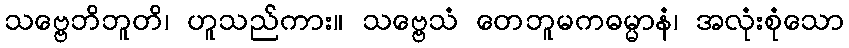
သဗ္ဗေဘိဘူတိ၊ ဟူသည်ကား။ သဗ္ဗေသံ တေဘူမကဓမ္မာနံ၊ အလုံးစုံသော